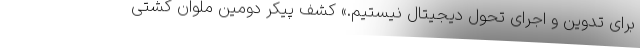
برای تدوین و اجرای تحول دیجیتال نیستیم.» کشف پیکر دومین ملوان کشتی